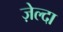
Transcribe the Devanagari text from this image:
ज़ेल्दा